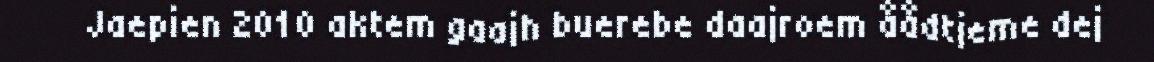
Jaepien 2010 aktem gaajh buerebe daajroem åådtjeme dej